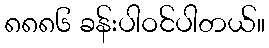
၈၈၈၆ ခန်းပါဝင်ပါတယ်။